Vaccination United Provinces of Agra and Oudh 1914-1922 - 1914-1922
Year: 1914
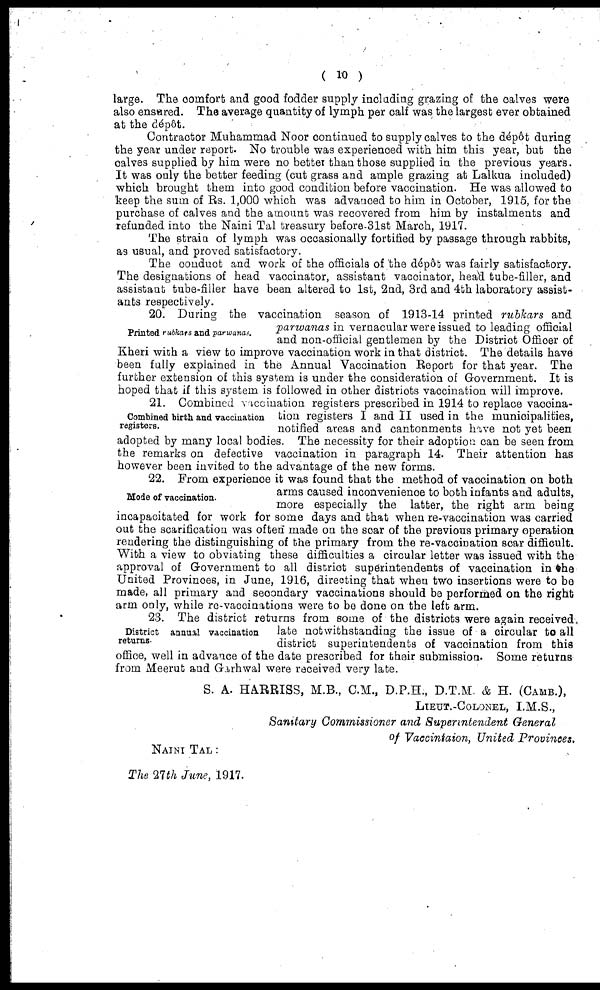
( 10 )
large. The comfort and good fodder supply including grazing of the calves were
also ensured. The average quantity of lymph per calf was the largest ever obtained
at the dépôt.
Contractor Muhammad Noor continued to supply calves to the dépôt during
the year under report. No trouble was experienced with him this year, but the
calves supplied by him were no better than those supplied in the previous years.
It was only the better feeding (cut grass and ample grazing at Lalkua included)
which brought them into good condition before vaccination. He was allowed to
keep the sum of Rs. 1,000 which was advanced to him in October, 1915, for the
purchase of calves and the amount was recovered from him by instalments and
refunded into the Naini Tal treasury before 31st March, 1917.
The strain of lymph was occasionally fortified by passage through rabbits,
as usual, and proved satisfactory.
The conduct and work of the officials of the dépôt was fairly satisfactory.
The designations of head vaccinator, assistant vaccinator, head tube-filler, and
assistant tube-filler have been altered to 1st, 2nd, 3rd and 4th laboratory assist-
ants respectively.
Printed rubkars and parwanas.
20. During the vaccination season of 1913-14 printed rubkars and
parwanas in vernacular were issued to leading official
and non-official gentlemen by the District Officer of
Kheri with a view to improve vaccination work in that district. The details have
been fully explained in the Annual Vaccination Report for that year. The
further extension of this system is under the consideration of Government. It is
hoped that if this system is followed in other districts vaccination will improve.
Combined birth and vaccination
registers.
21. Combined vaccination registers prescribed in 1914 to replace vaccina¬
tion registers I and II used in the municipalities,
notified areas and cantonments have not yet been
adopted by many local bodies. The necessity for their adoption can be seen from
the remarks on defective vaccination in paragraph 14. Their attention has
however been invited to the advantage of the new forms.
Mode of vaccination.
22. From experience it was found that the method of vaccination on both
arms caused inconvenience to both infants and adults,
more especially the latter, the right arm being
incapacitated for work for some days and that when re-vaccination was carried
out the scarification was often made on the scar of the previous primary operation
rendering the distinguishing of the primary from the re-vaccination scar difficult.
With a view to obviating these difficulties a circular letter was issued with the
approval of Government to all district superintendents of vaccination in the
United Provinces, in June, 1916, directing that when two insertions were to be
made, all primary and secondary vaccinations should be performed on the right
arm only, while re-vaccinations were to be done on the left arm.
District annual vaccination
returns.
23. The district returns from some of the districts were again received
late notwithstanding the issue of a circular to all
district superintendents of vaccination from this
office, well in advance of the date prescribed for their submission. Some returns
from Meerut and Garhwal were received very late.
S. A. HARRISS, M.B., C.M., D.P.H., D.T.M. & H. (CAMB.),
LIEUT.-COLONEL, I.M.S.,
Sanitary Commissioner and Superintendent General
of Vaccintaion, United Provinces.
NAINI TAL :
The 27th June, 1917.